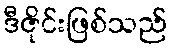
ဒီဇိုင်းဖြစ်သည်